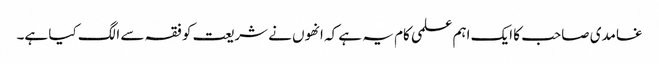
غامدی صاحب کا ایک اہم علمی کام یہ ہے کہ انھوں نے شریعت کو فقہ سے الگ کیا ہے۔